Kominterni_Eesti_sektsioon_Moskvas, lk 21
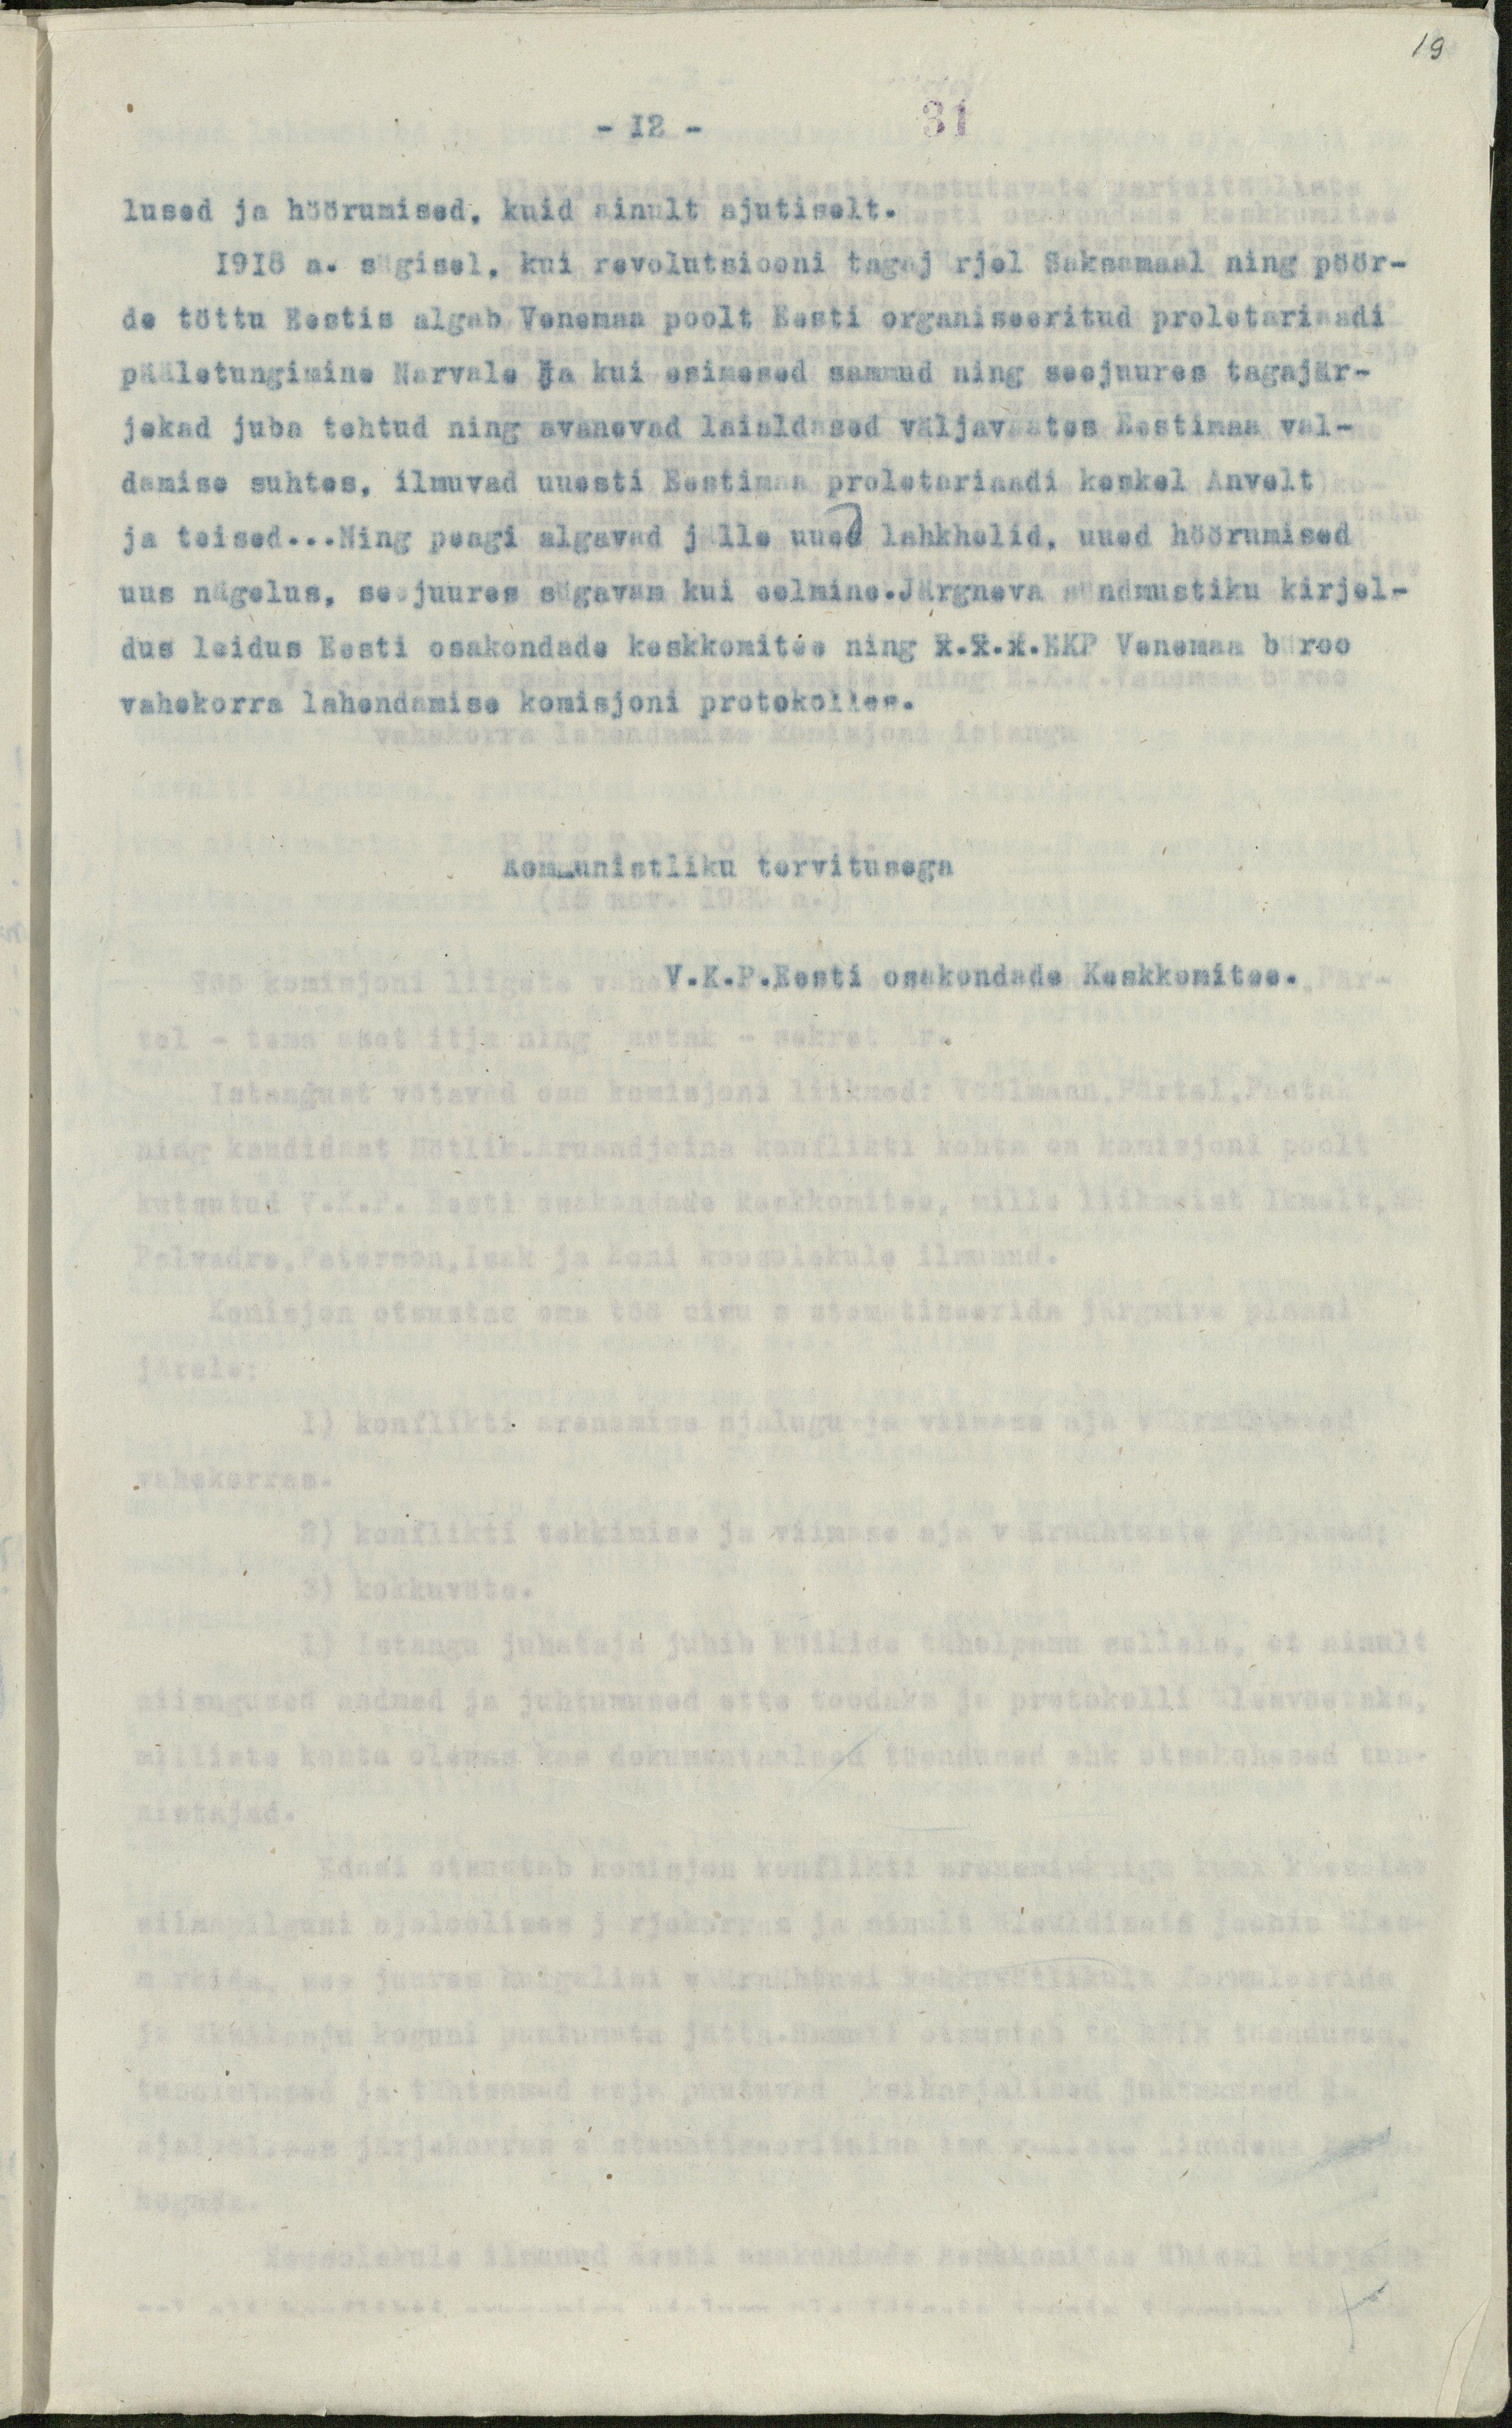
19

31
- 12 -
lused ja höörumised, kuid ainult ajutiselt.
1918 a. sügisel, kui revolutsiooni tagajärel Saksamaal ning pöör-
de tõttu Eestis algab Venemaa poolt Eesti organiseeritud proletariaadi
pääletungimine Narvale ja kui esimesed sammud ning seejuures tagajär-
jekad juba tehtud ning avanevad laialdased väljavaates Eestimaa val-
damise suhtes, ilmuvad uuesti Eestimaa proletariaadi keskel Anvelt
ja teised...Ning peagi algavad jälle uued lahkhelid, uued höörumised
uus nägelus, seejuures sügavam kui eelmine.Järgneva sündmustiku kirjel-
dus leidus Eesti osakondade keskkomitee ning x.x.x.KKP Venemaa büroo
vahekorra lahendamise komisjoni protokolles.
Kommunistliku tervitusega
V.K.P.Eesti osakondada Keskkomitee.